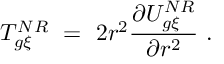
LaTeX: T _ { g \xi } ^ { N R } \ = \ 2 r ^ { 2 } \frac { \partial U _ { g \xi } ^ { N R } } { \partial r ^ { 2 } } \ .